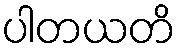
ပါတယတိ